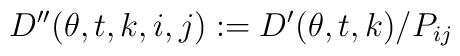
D''(\theta,t,k,i,j):=D'(\theta ,t,k)/P_{ij}\,